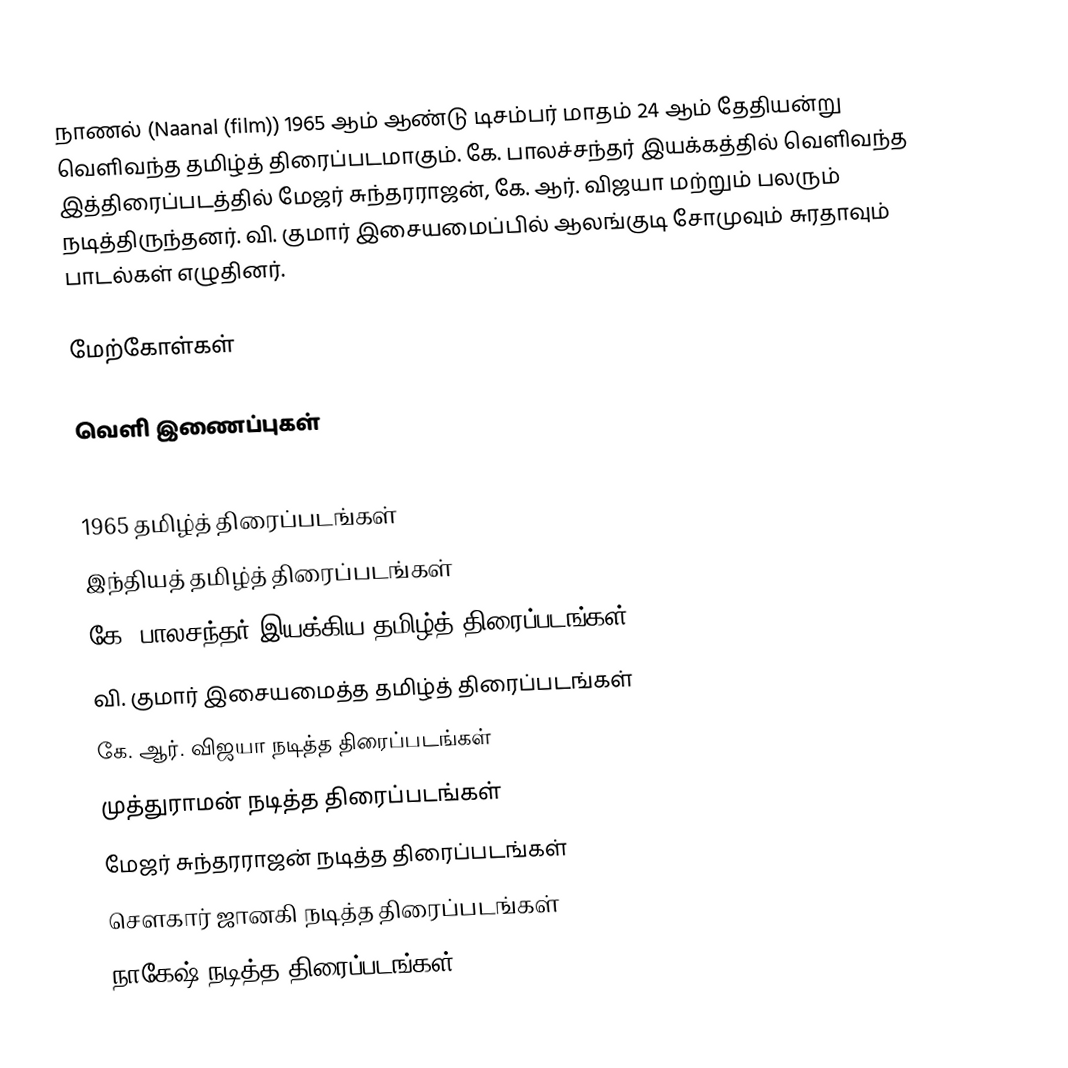
நாணல் (Naanal (film)) 1965 ஆம் ஆண்டு டிசம்பர் மாதம் 24 ஆம் தேதியன்று வெளிவந்த தமிழ்த் திரைப்படமாகும். கே. பாலச்சந்தர் இயக்கத்தில் வெளிவந்த இத்திரைப்படத்தில் மேஜர் சுந்தரராஜன், கே. ஆர். விஜயா மற்றும் பலரும் நடித்திருந்தனர். வி. குமார் இசையமைப்பில் ஆலங்குடி சோமுவும் சுரதாவும் பாடல்கள் எழுதினர்.

மேற்கோள்கள்

வெளி இணைப்புகள்

1965 தமிழ்த் திரைப்படங்கள்
இந்தியத் தமிழ்த் திரைப்படங்கள்
கே. பாலசந்தர் இயக்கிய தமிழ்த் திரைப்படங்கள்
வி. குமார் இசையமைத்த தமிழ்த் திரைப்படங்கள்
கே. ஆர். விஜயா நடித்த திரைப்படங்கள்
முத்துராமன் நடித்த திரைப்படங்கள்
மேஜர் சுந்தரராஜன் நடித்த திரைப்படங்கள்
சௌகார் ஜானகி நடித்த திரைப்படங்கள்
நாகேஷ் நடித்த திரைப்படங்கள்